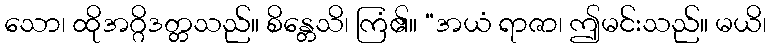
သော၊ ထိုအဂ္ဂိဒတ္တသည်။ စိန္တေသိ၊ ကြံ၏။ “အယံ ရာဇာ၊ ဤမင်းသည်။ မယိ၊